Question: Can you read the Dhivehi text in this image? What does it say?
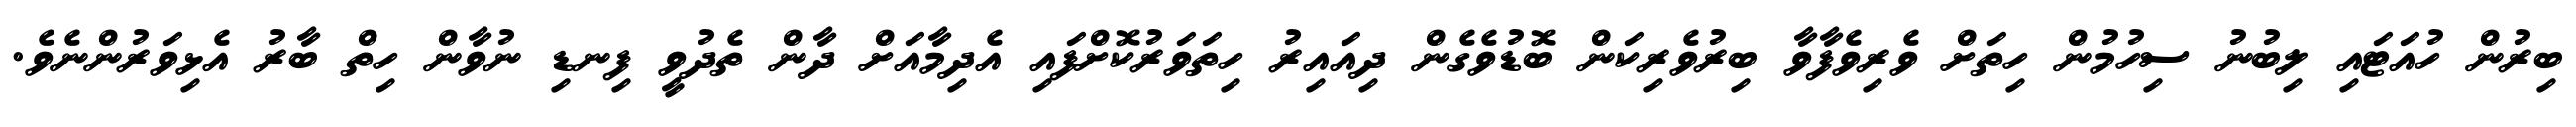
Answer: ބިރުން ހުއަޓައި ލިބުނު ސިހުމުން ހިތަށް ވެރިވެފާވާ ބިރުވެރިކަން ބޮޑުވެގެން ދިއައިރު ހިތަވަރުކޮށްފައި އެދިމާއަށް ދާން ތެދުވީ ފިނޑި ނުވާން ހިތް ބާރު އެޅިވަރުންނެވެ.